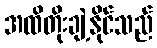
အထိတိုးချဲ့နိုင်သည်